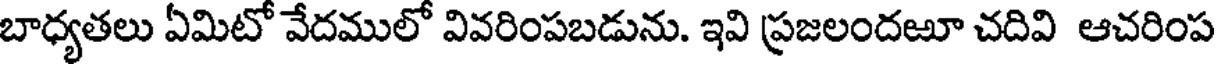
బాధ్యతలు ఏమిటో వేదములో వివరింపబడును. ఇవి ప్రజలందఱూ చదివి ఆచరింప